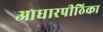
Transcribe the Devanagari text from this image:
आधारपीठिका